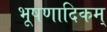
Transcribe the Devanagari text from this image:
भूषणादिकम्